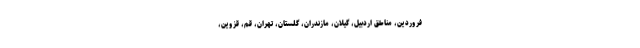
فروردین، مناطق اردبیل، گیلان، مازندران، گلستان، تهران، قم، قزوین،